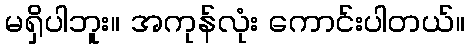
မရှိပါဘူး။ အကုန်လုံး ကောင်းပါတယ်။